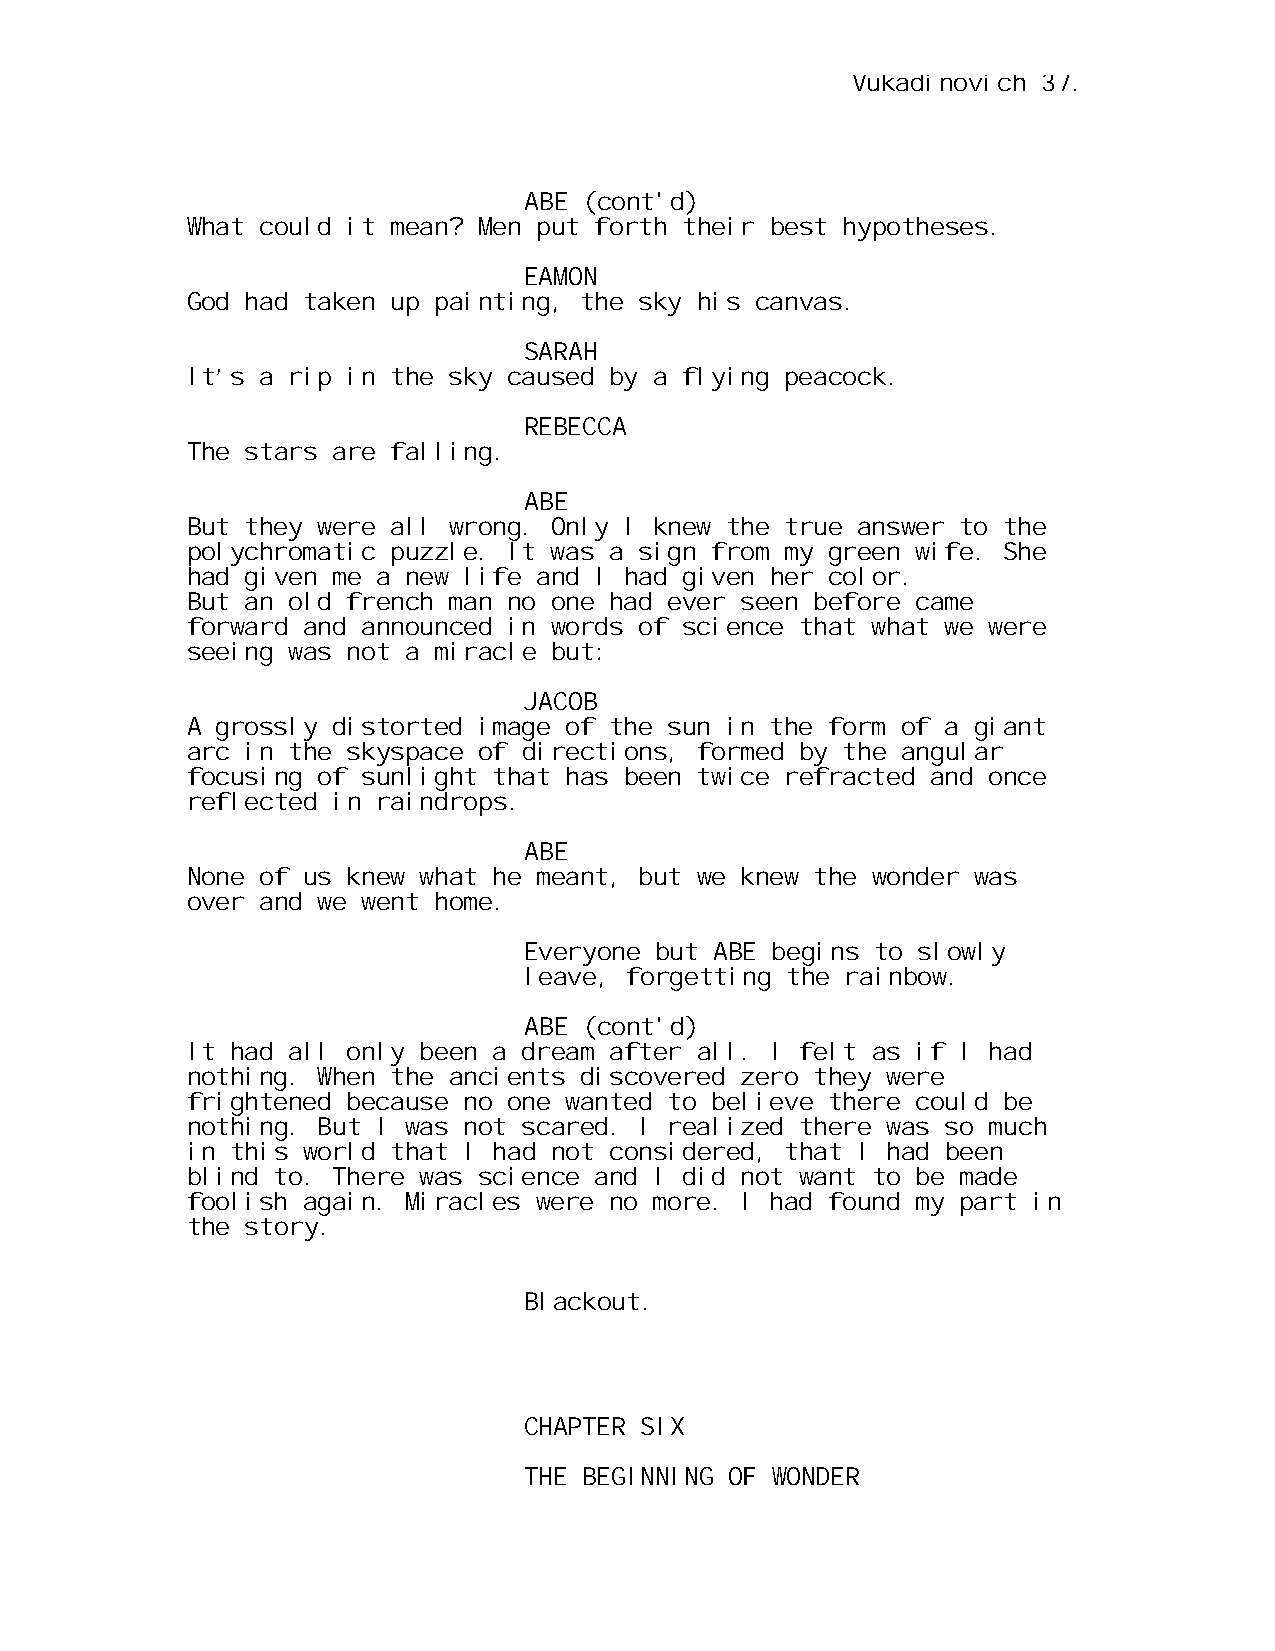
Vukadinovich 37.
 ABE (cont'd)
 What could it mean? Men put forth their best hypotheses.
 EAMON
 God had taken up painting, the sky his canvas.
 SARAH
 It’s a rip in the sky caused by a flying peacock.
 REBECCA
 The stars are falling.
 ABE
 But they were all wrong. Only I knew the true answer to the
 polychromatic puzzle. It was a sign from my green wife. She
 had given me a new life and I had given her color.
 But an old french man no one had ever seen before came
 forward and announced in words of science that what we were
 seeing was not a miracle but:
 JACOB
 A grossly distorted image of the sun in the form of a giant
 arc in the skyspace of directions, formed by the angular
 focusing of sunlight that has been twice refracted and once
 reflected in raindrops.
 ABE
 None of us knew what he meant, but we knew the wonder was
 over and we went home.
 Everyone but ABE begins to slowly
 leave, forgetting the rainbow.
 ABE (cont'd)
 It had all only been a dream after all. I felt as if I had
 nothing. When the ancients discovered zero they were
 frightened because no one wanted to believe there could be
 nothing. But I was not scared. I realized there was so much
 in this world that I had not considered, that I had been
 blind to. There was science and I did not want to be made
 foolish again. Miracles were no more. I had found my part in
 the story.
 Blackout.
 CHAPTER SIX
 THE BEGINNING OF WONDER